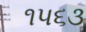
૧૫૬૩